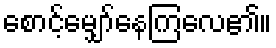
စောင့်မျှော်နေကြလေ၏။